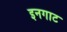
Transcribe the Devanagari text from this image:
इनगाट